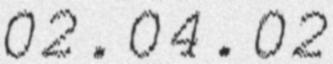
02.04.02